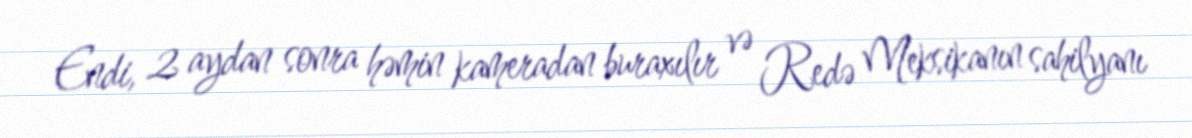
Endi, 2 aydan sonra həmin kameradan buraxılır və Redə Meksikanın sahilyanı